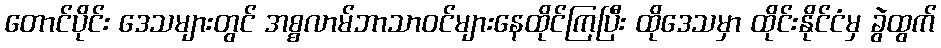
တောင်ပိုင်း ဒေသများတွင် အစ္စလာမ်ဘာသာဝင်များနေထိုင်ကြပြီး ထိုဒေသမှာ ထိုင်းနိုင်ငံမှ ခွဲထွက်